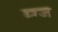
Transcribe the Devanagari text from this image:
म्ग्ज